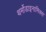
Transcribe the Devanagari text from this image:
थर्मोडाइनामिक्स